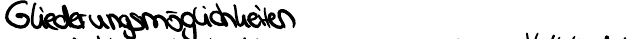
Gliederungsmöglichkeiten